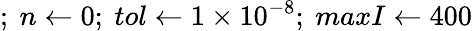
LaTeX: ;\ n\gets 0;\ tol\gets 1\times 10^{-8};\ maxI\gets 400